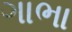
ગાભા